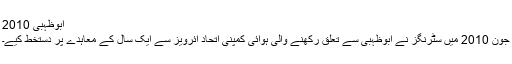
ابوظہبی 2010
جون 2010 میں سٹرنگز نے ابوظہبی سے تعلق رکھنے والی ہوائی کمپنی اتحاد ائرویز سے ایک سال کے معاہدے پر دستخط کیے۔